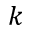
k